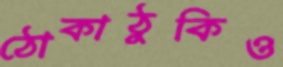
ঠোকাঠুকিও